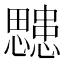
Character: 𭟜